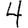
Digit: 4